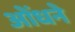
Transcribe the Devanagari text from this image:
ओंधने